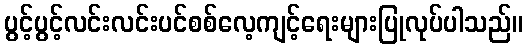
ပွင့်ပွင့်လင်းလင်းပင်စစ်လေ့ကျင့်ရေးများပြုလုပ်ပါသည်။